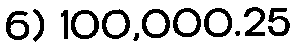
6) 100,000.25